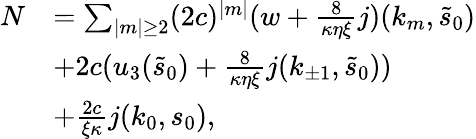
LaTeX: \begin{array}{rl}{N}&{=\sum_{\vert m\vert\ge 2}(2c)^{\vert m\vert}(w+\frac 8{\kappa\eta\xi}j)(k_{m},\tilde{s}_{0})}\\ &{+2c(u_{3}(\tilde{s}_{0})+\frac 8{\kappa\eta\xi}j(k_{\pm 1},\tilde{s}_{0}))}\\ &{+\frac{2c}{\xi\kappa}j(k_{0},s_{0}),}\end{array}